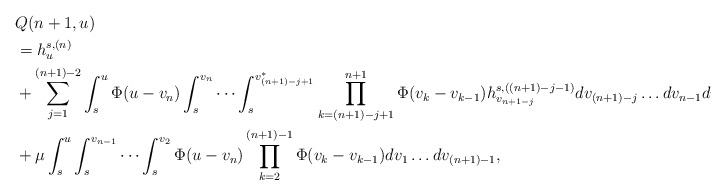
\begin{align*}&Q(n+1,u) \\&= h_u^{s,(n)} \\&+ \sum_{j=1}^{(n+1)-2} \int_s^u \Phi(u-v_{n}) \int_s^{v_n} \cdots \int_s^{v_{(n+1)-j+1}^*} \prod_{k=(n+1)-j+1}^{n+1} \Phi(v_k-v_{k-1}) h_{v_{n+1-j}}^{s,((n+1)-j-1)} dv_{(n+1)-j} \ldots dv_{n-1} dv_{n} \\&+ \mu \int_s^u \int_s^{v_{n-1}} \cdots \int_s^{v_2} \Phi(u-v_{n}) \prod_{k=2}^{(n+1)-1} \Phi(v_k-v_{k-1}) dv_1\ldots dv_{(n+1)-1},\end{align*}